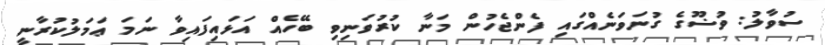
ސުވާލު: ވުޟޫގެ ގުނަވަނެއްގައި ފެންޖެހުން މަނާ ކުރުވަނިވި ބޭހެއް އަޅައިފައިވާ ނަމަ ޢަމަލުކުރާނީ